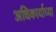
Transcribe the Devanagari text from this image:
अधिकार्याच्या